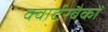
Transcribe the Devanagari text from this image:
क्वार्टरबैकों